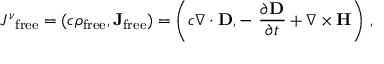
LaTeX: { J ^ { \nu } } _ { \mathrm { f r e e } } = ( c \rho _ { \mathrm { f r e e } } , \mathbf { J } _ { \mathrm { f r e e } } ) = \left( c \nabla \cdot \mathbf { D } , - \ { \frac { \partial \mathbf { D } } { \partial t } } + \nabla \times \mathbf { H } \right) \, ,